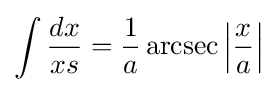
\int {\frac {dx}{xs}}={\frac {1}{a}}\operatorname {arcsec} \left|{\frac {x}{a}}\right|